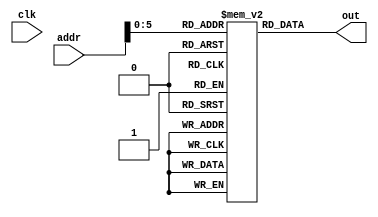
module raminst #(parameter ADDR_WIDTH = 24, DATA_WIDTH = 8) (
	clk,
	addr,
	 out
);
	input clk;
	input [ADDR_WIDTH-1:0] addr;
	output [31:0] out;
	
	reg [31:0] memory [63:0];
	
initial begin
	
	memory[0] = 32'b11110100000100010011000000000101;
	memory[4] = 32'b11110100000100110001000000000111;
	memory[8] = 32'b11110100000000000001000000000000;
	memory[12] = 32'b11110100000100001100000000000000;
	memory[16] = 32'b11110010001100110001000000001100;
	memory[20] = 32'b11110001001100010101000000000010;
	
	
end

	

	assign out = memory[addr];


endmodule